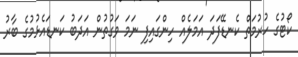
ކޯޓުގެ ހުރުމަތް ކެނޑޭފަދަ އަމަލެއް ހިންގައިފި ނަމަ ވަގުތުން އަދަބު ކަނޑައެޅުމުގެ ބާރު